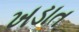
ખડાત